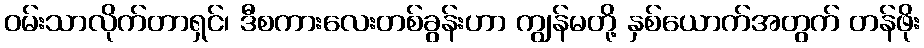
ဝမ်းသာလိုက်တာရှင်၊ ဒီစကားလေးတစ်ခွန်းဟာ ကျွန်မတို့ နှစ်ယောက်အတွက် တန်ဖိုး